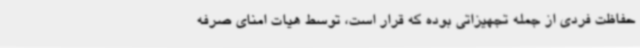
حفاظت فردی از جمله تجهیزاتی بوده که قرار است، توسط هیات امنای صرفه